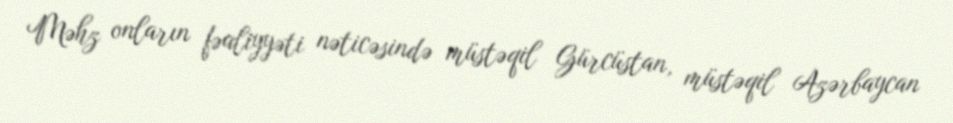
Məhz onların fəaliyyəti nəticəsində müstəqil Gürcüstan, müstəqil Azərbaycan